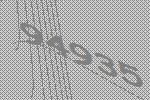
94935